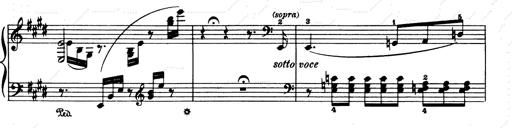
Title: Consolations and LiebestrÃ¤ume for the Piano
Composer: Franz Liszt